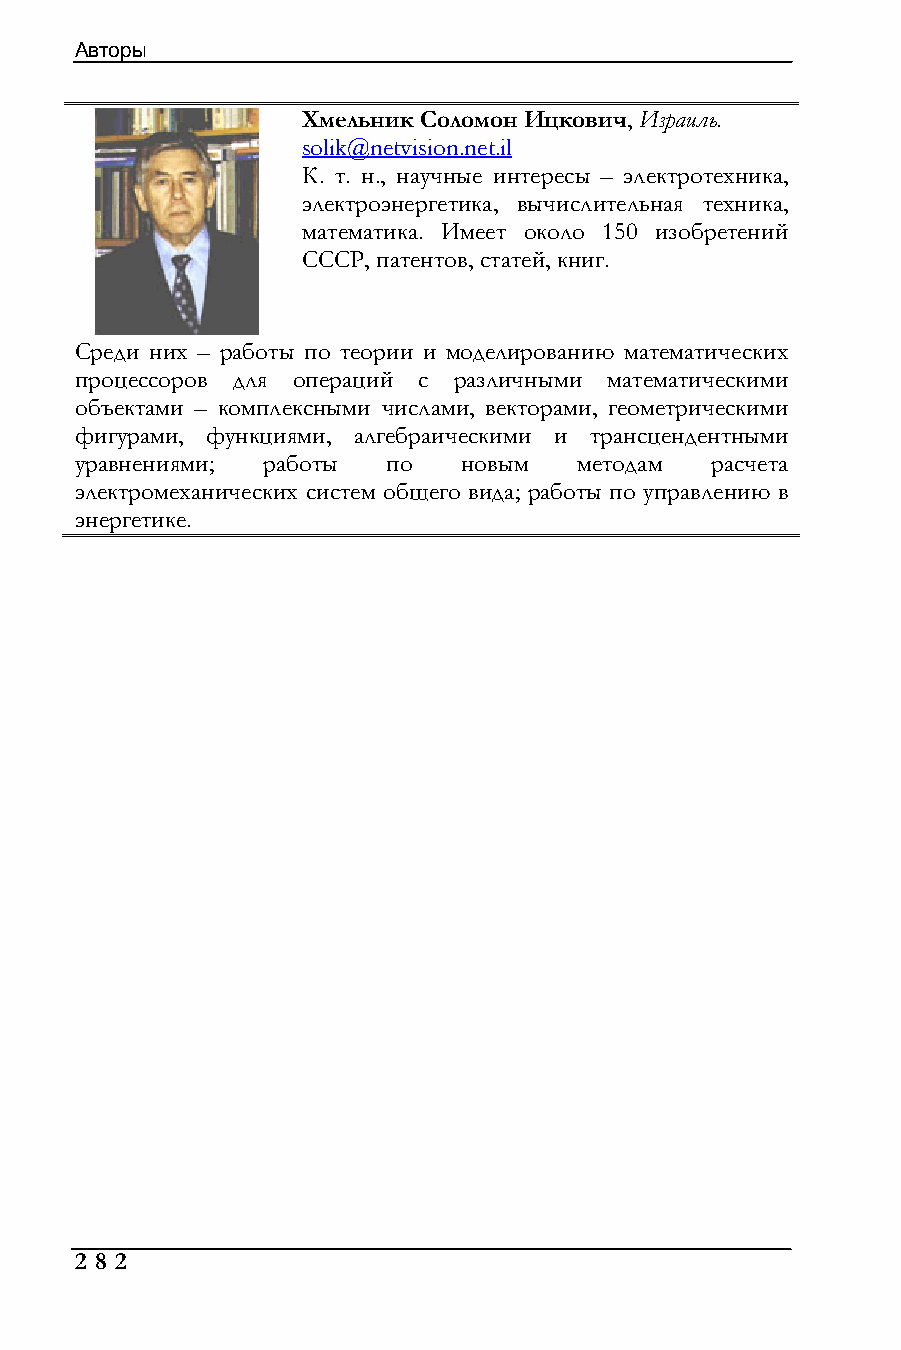
Авторы
 Хмельник Соломон Ицкович, Израиль.
 solik@netvision.net.il
 К. т. н., научные интересы – электротехника,
 электроэнергетика, вычислительная техника,
 математика. Имеет около 150 изобретений
 СССР, патентов, статей, книг.
 Среди них – работы по теории и моделированию математических
 процессоров для операций с различными математическими
 объектами – комплексными числами, векторами, геометрическими
 фигурами, функциями, алгебраическими и трансцендентными
 уравнениями; работы  по   новым  методам  расчета
 электромеханических систем общего вида; работы по управлению в
 энергетике.
 2 8 2